Senior Leaving Certificate Examination (including Day School Certificate (Higher) General paper), 1948
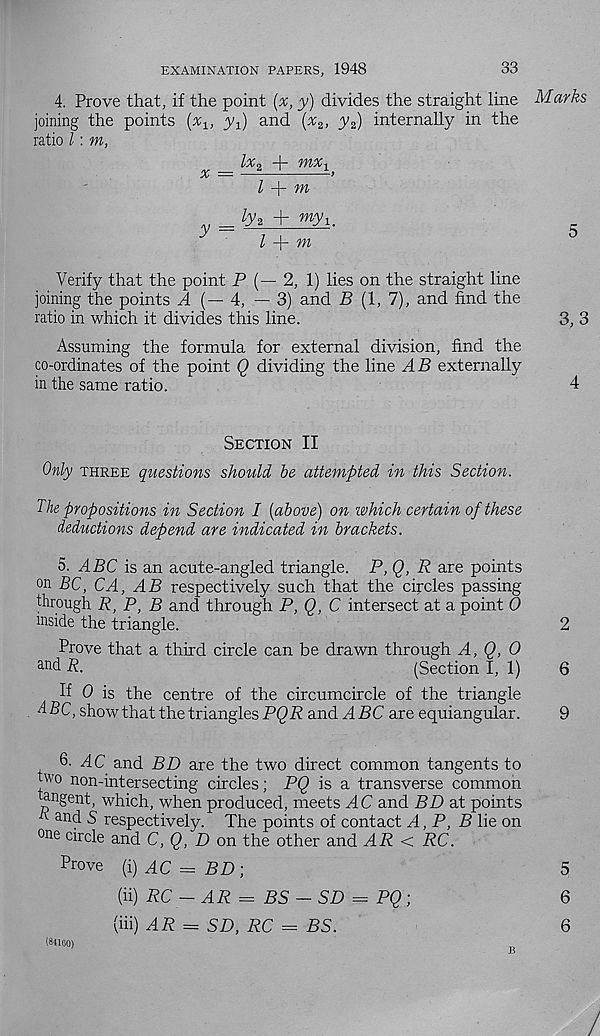
EXAMINATION PAPERS, 1948
33
4. Prove that, if the point (x, y) divides the straight line Marks
joining the points (%, y x ) and (^2, y 2 ) internally in the
ratio l: m,
lx* 4- mx r
x =
’
l
m
= tyz + myi.
I
m
5
Verify that the point P (— 2, 1) lies on the straight line
joining the points A (—4, — 3) and B (1, 7), and find the
ratio in which it divides this line.
3, 3
Assuming the formula for external division, find the
co-ordinates of the point Q dividing the line AB externally
in the same ratio.
4
Section II
Only three questions should be attempted in this Section.
The propositions in Section I [above) on which certain of these
deductions depend are indicated in brackets.
5. ABC is an acute-angled triangle. P, Q, R are points
on BC, CA, AB respectively such that the circles passing
through R, P, B and through P, Q, C intersect at a point 0
inside the triangle.
2
Prove that a third circle can be drawn through A, Q, 0
an d R.
(Section I, 1)
6
If 0 is the centre of the circumcircle of the triangle
d PC, show that the triangles PQR and 4 PC are equiangular.
9
6. AC and BD are the two direct common tangents to
two non-intersecting circles; PQ is a transverse common
angent, which, when produced, meets AC and BD at points
t and S respectively. The points of contact A, P, B lie on
°ne circle and C, Q, D on the other and AR < RC.
Prove [i)AC = BD]
(ii) RC - AR = BS - SD = PQ;
(hi) AR = SD, RC = BS.
5
6
6
(84160)
B
/